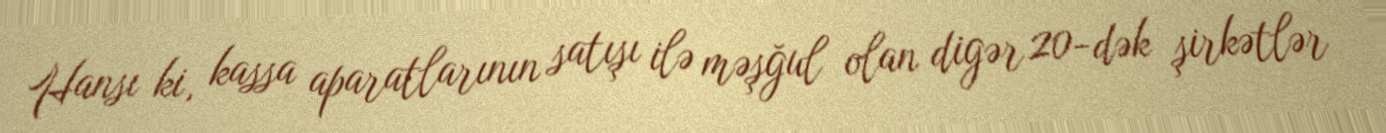
Hansı ki, kassa aparatlarının satışı ilə məşğul olan digər 20-dək şirkətlər